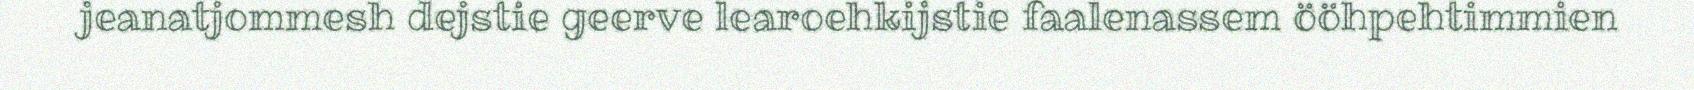
jeanatjommesh dejstie geerve learoehkijstie faalenassem ööhpehtimmien